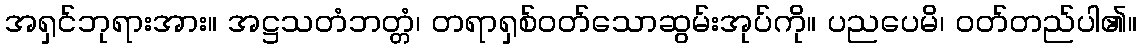
အရှင်ဘုရားအား။ အဋ္ဌသတံဘတ္တံ၊ တရာရှစ်ဝတ်သောဆွမ်းအုပ်ကို။ ပညပေမိ၊ ဝတ်တည်ပါ၏။